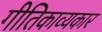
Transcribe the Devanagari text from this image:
गीतिकाव्यकार